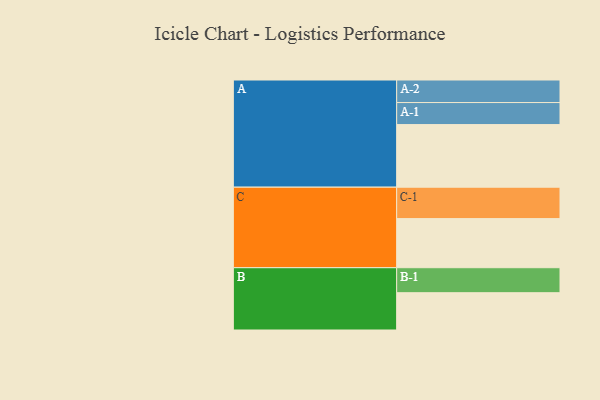
{"axis": {"x": "Segment", "y": "Value"}, "legend": ["", "A", "B", "C"], "data": [{"x": "A", "y": 594, "type": ""}, {"x": "B", "y": 354, "type": ""}, {"x": "C", "y": 466, "type": ""}, {"x": "A-1", "y": 209, "type": "A"}, {"x": "A-2", "y": 214, "type": "A"}, {"x": "B-1", "y": 237, "type": "B"}, {"x": "C-1", "y": 298, "type": "C"}]}